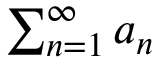
\textstyle \sum _ { n = 1 } ^ { \infty } a _ { n }